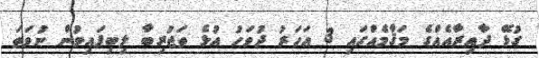
ގުޅޭ ދާއިރާއެއްގެ މަޤާމެއްގައި 3 އަހަރު ދުވަހު އުޅެ ތަޖުރިބާ ލިބިފައިވުން ނުވަތަ